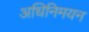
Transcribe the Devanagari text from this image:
अधिनिमयन